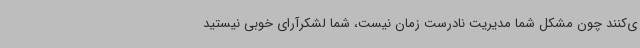
ی‌کنند چون مشکل شما مدیریت نادرست زمان نیست، شما لشکرآرای خوبی نیستید